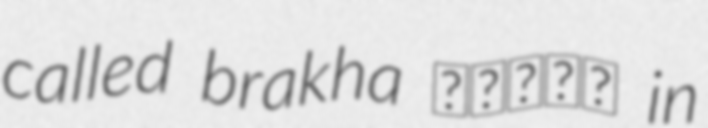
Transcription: called brakha ࡁࡓࡀࡊࡀ in